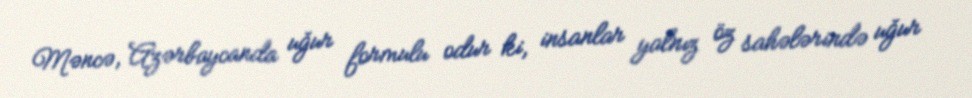
Məncə, Azərbaycanda uğur formulu odur ki, insanlar yalnız öz sahələrində uğur